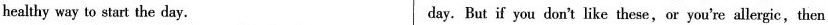
healthy way to start the day. day. But if you don't like these,or you're allergic,then